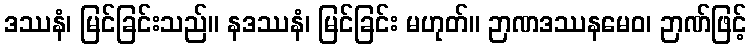
ဒဿနံ၊ မြင်ခြင်းသည်။ နဒဿနံ၊ မြင်ခြင်း မဟုတ်။ ဉာဏဒဿနမေဝ၊ ဉာဏ်ဖြင့်